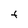
Character: F